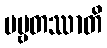
ပဗ္ဗတဿာတိ